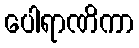
ပေါရာဏိကာ